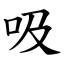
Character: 吸